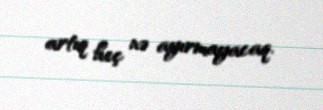
artıq heç nə ayırmayacaq.